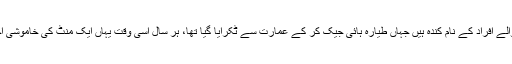
ادھر ٹوئن ٹاور کے مقام پر حملے میں ہلاک ہونے والے افراد کے نام کندہ ہیں جہاں طیارہ ہائی جیک کر کے عمارت سے ٹکرایا گیا تھا، ہر سال اسی وقت یہاں ایک منٹ کی خاموشی اختیار کرنے کے بعد نصب شدہ گھنٹہ بجایا جاتا ہے۔